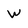
Character: W